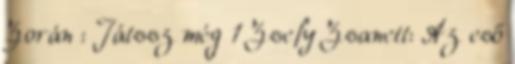
Zorán : Játssz még 1 Zsefy Zsanett: Az eső